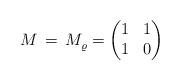
\begin{align*} M \, = \, M^{}_{\varrho} = \begin{pmatrix} 1 & 1 \\ 1 & 0 \end{pmatrix}\end{align*}